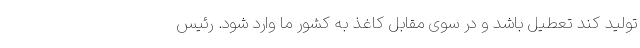
تولید کند تعطیل باشد و در سوی مقابل کاغذ به کشور ما وارد شود. رئیس